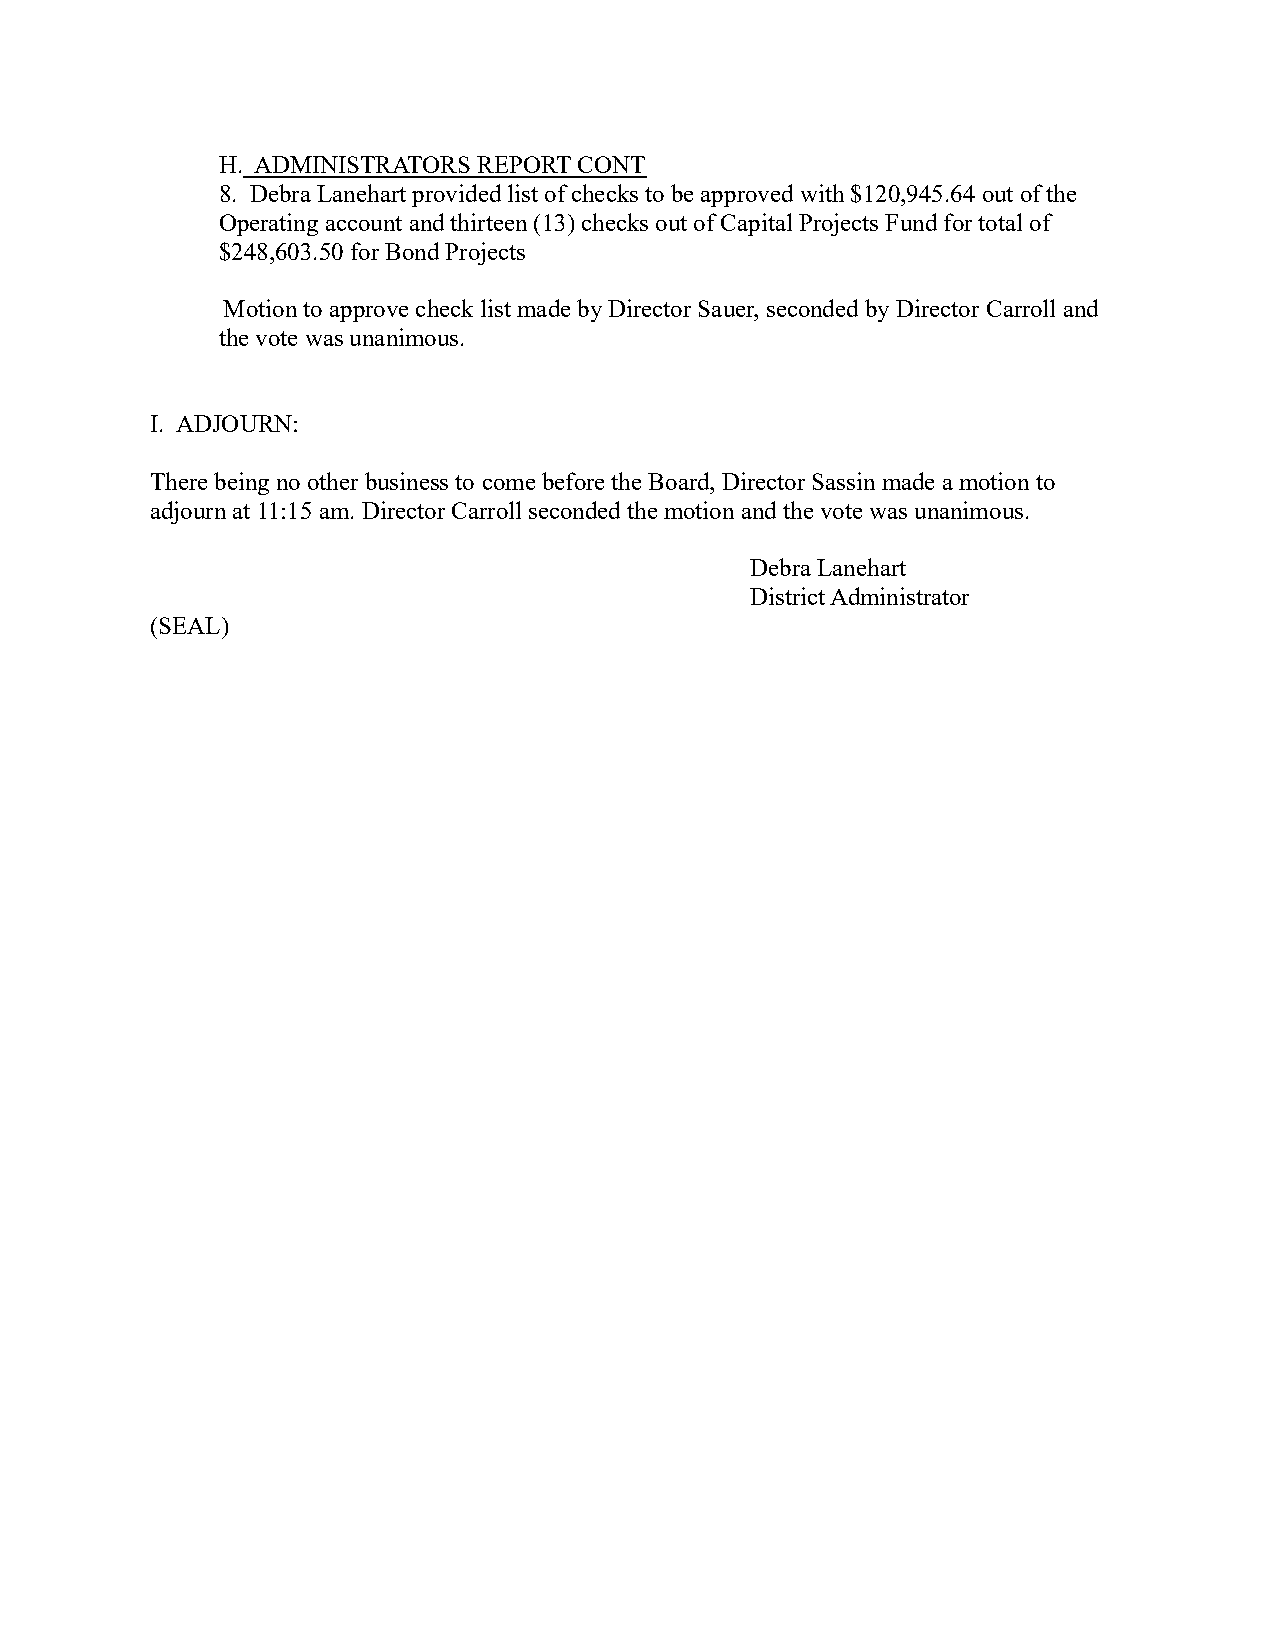
H. ADMINISTRATORS REPORT CONT
 8. Debra Lanehart provided list of checks to be approved with $120,945.64 out of the
 Operating account and thirteen (13) checks out of Capital Projects Fund for total of
 $248,603.50 for Bond Projects
 Motion to approve check list made by Director Sauer, seconded by Director Carroll and
 the vote was unanimous.
 I. ADJOURN:
 There being no other business to come before the Board, Director Sassin made a motion to
 adjourn at 11:15 am. Director Carroll seconded the motion and the vote was unanimous.
 Debra Lanehart
 District Administrator
 (SEAL)